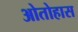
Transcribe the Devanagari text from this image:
ओतोहास